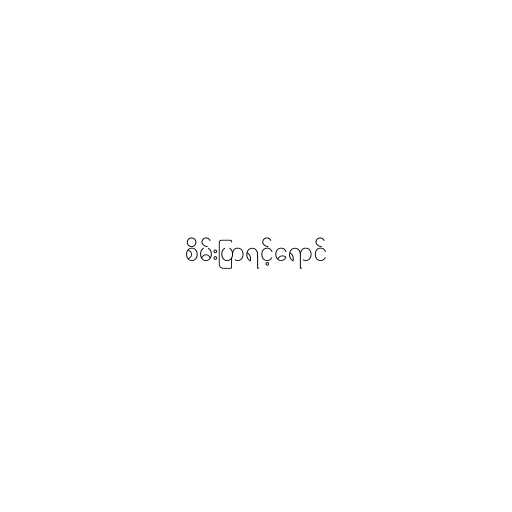
စိမ်းပြာရင့်ရောင်